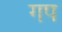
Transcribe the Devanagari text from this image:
गप